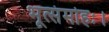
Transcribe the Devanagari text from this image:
भूत्संमोहः।